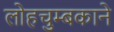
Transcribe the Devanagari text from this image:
लोहचुम्बकाने